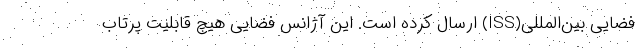
فضایی بین‌المللی(ISS) ارسال کرده است. این آژانس فضایی هیچ قابلیت پرتاب